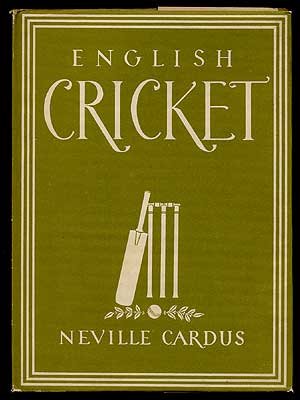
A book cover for English Cricket; Neville Cardus; Sports & Outdoors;